Tezpur Lunatic Asylum reports 1877-1894 - 1877-1894
Year: 1877
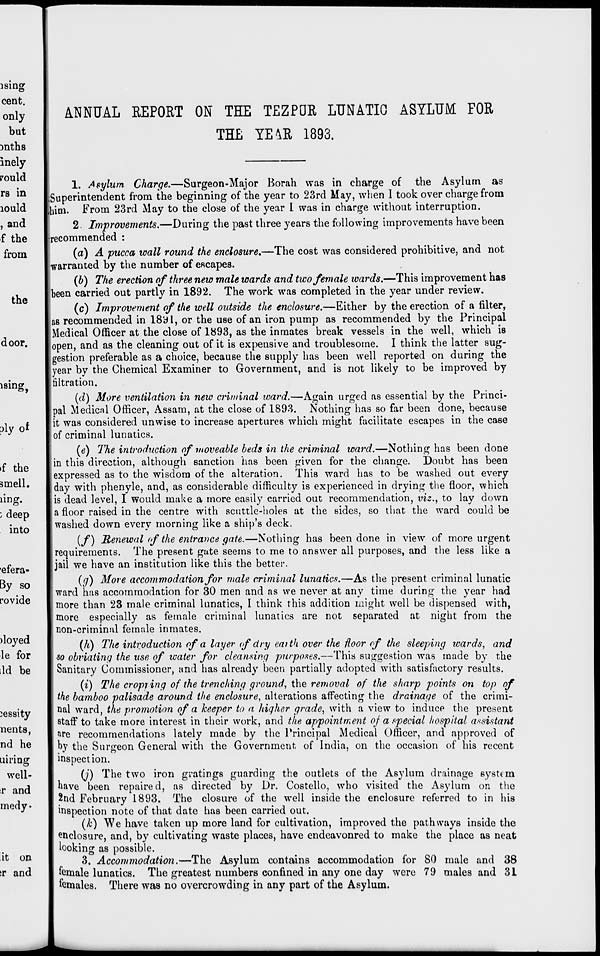
ANNUAL REPORT ON THE TEZPUR LUNATIO ASYLUM FOR
THE TE9LE 1893.
1. Asylum, Charge.—Surgeon-Major Borah was in charge of the Asylum as
Superintendent from the beginning of the year to 23rd May, when 1 took over charge from
lim. From 23rd May to the close of the year I was in charge without interruption.
2 Improvements.—During the past three years the following improvements have been
recommended :
(a) A pucca wall round the enclosure,—The cost was considered prohibitive, and not
warranted by the number of escapes.
(b) The erection of three new male wards and two female wards.—This improvement has
been carried out partly in 1892. The work was completed in the year under review.
(c) Improvement of the well outside the enclosure.—Either by the erection of a filter,
as recommended in 18'dl, or the use of an iron pump as recommended by the Principal
Medical Officer at the close of 1893, as the inmates break vessels in the well, which is
open, and as the cleaning out of it is expensive and troublesome. I think the latter sug-
gestion preferable as a choice, because the supply has been well reported on during the
year by the Chemical Examiner to Government, and is not likely to be improved by
filtration.
(d) More ventilation in new criminal ward.—Again urged as essential by the Princi-
pal Medical Officer, Assam, at the close of 1893. Nothing has so far been done, because
it was considered unwise to increase apertures which might facilitate escapes in the case
of criminal lunatics.
(e) The introduction of moveable beds in the criminal ward.—Nothing has been done
in this direction, although sanction has been given for the change. Doubt has been
expressed as to the wisdom of the alteration. This ward has to be washed out every
day with phenyle, and, as considerable difficulty is experienced in drying the floor, which
is dead level, I would make a more easily carried out recommendation, viz., to lay down
a floor raised in the centre with scuttle-holes at the sides, so that the ward could be
washed down every morning like a ship's deck.
(f) Renewal of the entrance gate.—Nothing has been done in view of more urgent
requirements. The present gate seems to me to answer all purposes, and the less like a
jail we have an institution like this the better.
(g) More accommodation for male criminal lunatics.—As the present criminal lunatic
ward has accommodation for 30 men and as we never at any time during the year had
more than 23 male criminal lunatics, I think this addition might well be dispensed with,
more especially as female criminal lunatics are not separated at night from the
non-criminal female inmates.
(h) The introduction of a layer of dry eat th over the floor of the sleeping wards, and
so obviating the use of water for cleansing purposes.—This suggestion was made by the
Sanitary Commissioner, and has already been partially adopted with satisfactory results.
(i) The cropping of the trenching ground, the removal of the sharp points on top of
the bamboo palisade around the enclosure, alterations affecting the drainage of the crimi-
nal ward, the promotion of a keeper to a higher grade, with a view to induce the present
staff to take more interest in their work, and the appointment of a special hospital assistant
are recommendations lately made by the Principal Medical Officer, and approved of
by the Surgeon General with the Government of India, on the occasion of his recent
inspection.
(j) The two iron gratings guarding the outlets of the Asylum drainage system
have been repaired, as directed by Dr. Costello, who visited the Asylum on the
2nd February 1893. The closure of the well inside the enclosure referred to in his
inspection note of that date has been carried out.
(k) We have taken up more land for cultivation, improved the pathways inside the
enclosure, and, by cultivating waste places, have endeavonred to make the place as neat
looking as possible.
3. Accommodation.—The Asylum contains accommodation for 80 male and 38
female lunatics. The greatest numbers confined in any one day were 79 males and 3i
females. There was no overcrowding in any part of the Asylum.